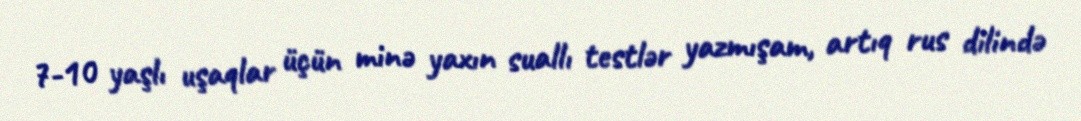
7-10 yaşlı uşaqlar üçün minə yaxın suallı testlər yazmışam, artıq rus dilində